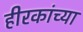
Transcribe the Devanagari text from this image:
हीरकांच्या